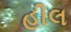
હીલ